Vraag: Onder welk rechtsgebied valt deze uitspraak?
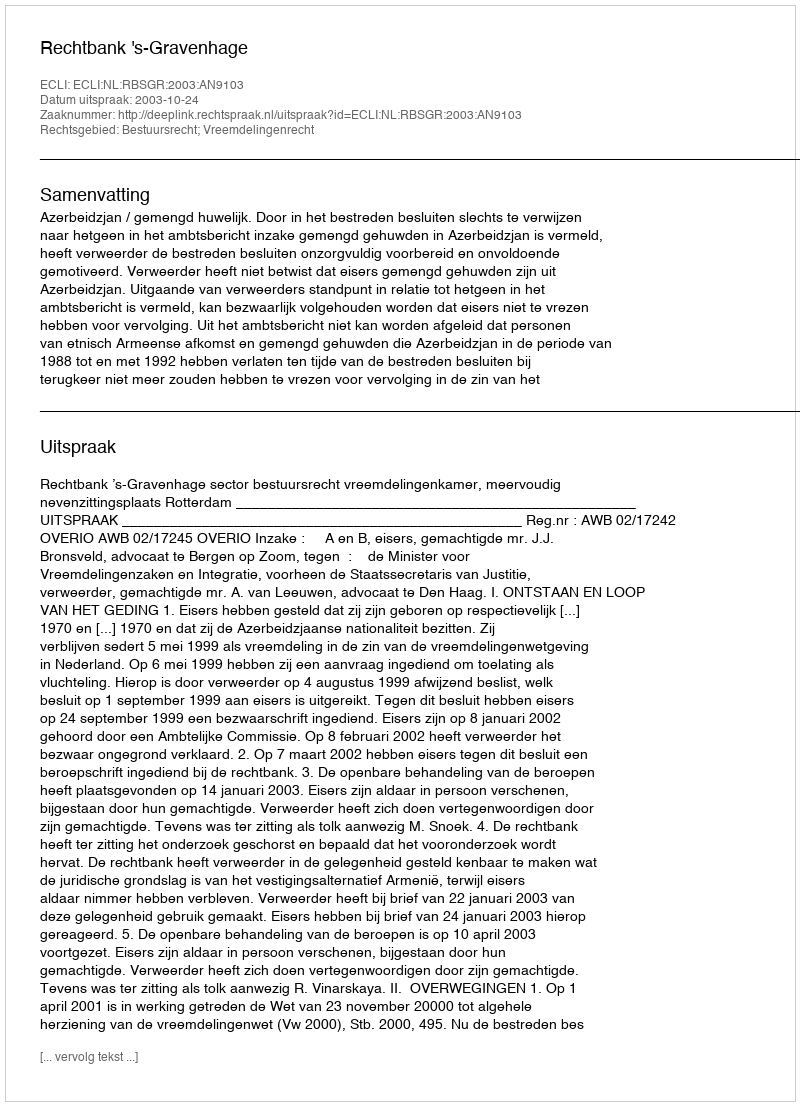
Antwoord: Bestuursrecht; Vreemdelingenrecht